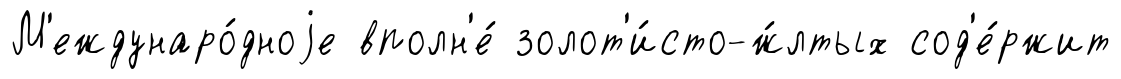
М'еждунаро́дноjе вполн'е́ золот'и́сто-ж́лтых сод'е́ржит